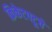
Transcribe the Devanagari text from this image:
क्रिकेटपटूचे